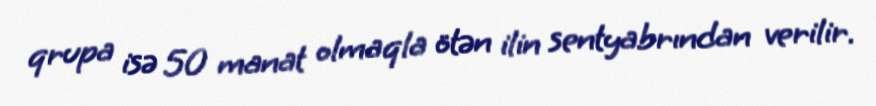
qrupa isə 50 manat olmaqla ötən ilin sentyabrından verilir.